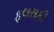
ફલસફી